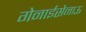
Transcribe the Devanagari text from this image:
गेनाईसेनाऊ